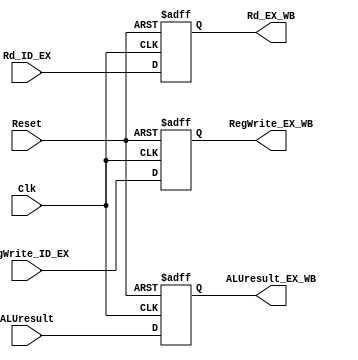
`timescale 1ns / 1ps
//////////////////////////////////////////////////////////////////////////////////
// Company: 
// Engineer: 
// 
// Design Name: 
// Module Name: EX_WB_reg
// Project Name: 
// Target Devices: 
// Tool Versions: 
// Description: 
// 
// Dependencies: 
// 
// Revision:
// Revision 0.01 - File Created
// Additional Comments:
// 
//////////////////////////////////////////////////////////////////////////////////


module EX_WB_reg(
input Clk,Reset,
input RegWrite_ID_EX,
input [7:0] ALUresult,
input [2:0] Rd_ID_EX,
output reg RegWrite_EX_WB,
output reg [7:0] ALUresult_EX_WB,
output reg [2:0] Rd_EX_WB
);

always @ (posedge Clk, negedge Reset)
begin  
    if( Reset == 0 ) begin
        RegWrite_EX_WB = 1'b0;
        ALUresult_EX_WB = 8'b0;
        Rd_EX_WB = 3'b0;
        end
    else begin
        RegWrite_EX_WB = RegWrite_ID_EX;
        ALUresult_EX_WB = ALUresult;
        Rd_EX_WB = Rd_ID_EX;
        end
end
endmodule